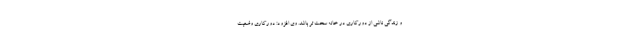
و زندگی ناشی از دورکاری در خانه سخت تر باشد. وی افزود: دورکاری وضعیت